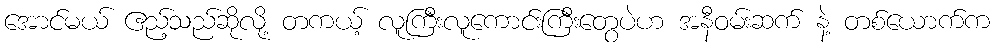
အောင်မယ် ဧည့်သည်ဆိုလို့ တကယ့် လူကြီးလူကောင်းကြီးတွေပဲဟ အနီဝမ်းဆက် နဲ့ တစ်ယောက်က